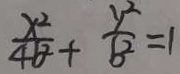
\frac { x ^ { 2 } } { 4 \theta } + \frac { y ^ { 2 } } { b ^ { 2 } } = 1